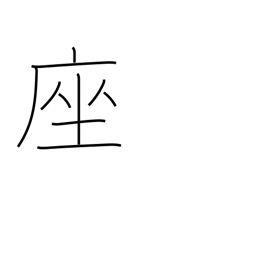
Meaning: cushion